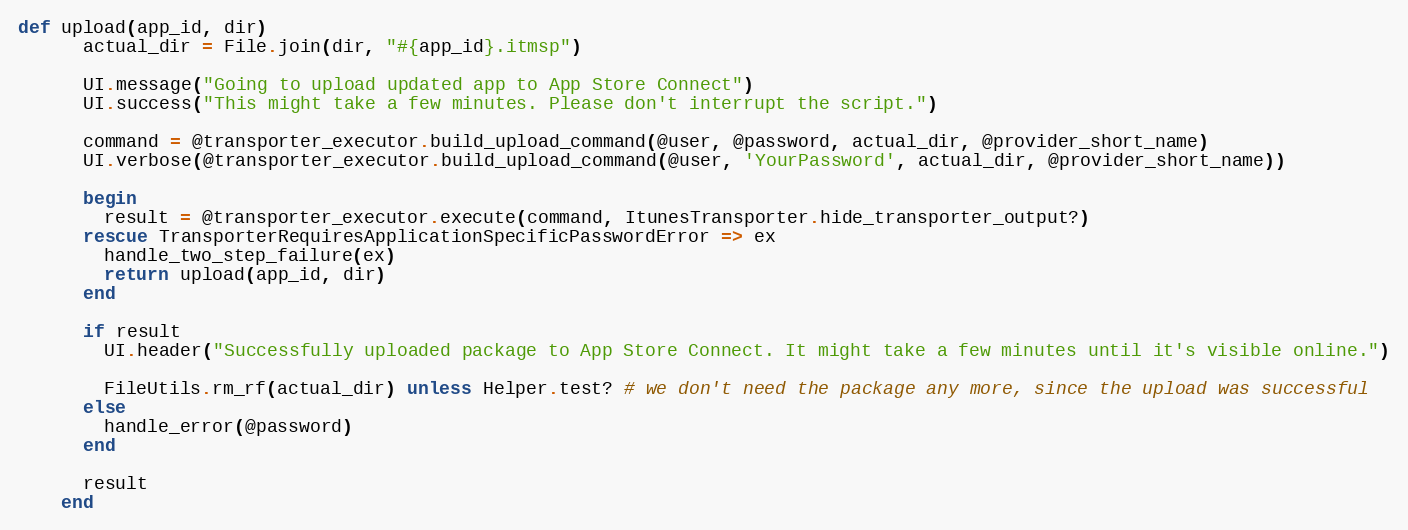
Language: Ruby
def upload(app_id, dir)
      actual_dir = File.join(dir, "#{app_id}.itmsp")

      UI.message("Going to upload updated app to App Store Connect")
      UI.success("This might take a few minutes. Please don't interrupt the script.")

      command = @transporter_executor.build_upload_command(@user, @password, actual_dir, @provider_short_name)
      UI.verbose(@transporter_executor.build_upload_command(@user, 'YourPassword', actual_dir, @provider_short_name))

      begin
        result = @transporter_executor.execute(command, ItunesTransporter.hide_transporter_output?)
      rescue TransporterRequiresApplicationSpecificPasswordError => ex
        handle_two_step_failure(ex)
        return upload(app_id, dir)
      end

      if result
        UI.header("Successfully uploaded package to App Store Connect. It might take a few minutes until it's visible online.")

        FileUtils.rm_rf(actual_dir) unless Helper.test? # we don't need the package any more, since the upload was successful
      else
        handle_error(@password)
      end

      result
    end